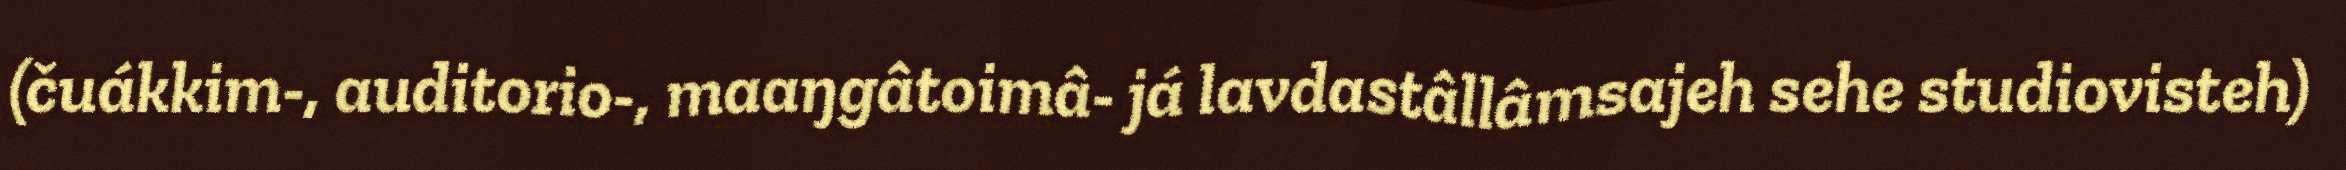
(čuákkim-, auditorio-, maaŋgâtoimâ- já lavdastâllâmsajeh sehe studiovisteh)